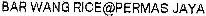
BAR WANG RICE@PERMAS JAYA